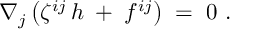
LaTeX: \nabla _ { j } \left( \zeta ^ { i j } \, h \; + \; f ^ { i j } \right) \; = \; 0 \ .